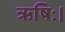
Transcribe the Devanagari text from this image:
ऋषिः।